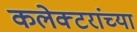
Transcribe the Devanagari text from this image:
कलेक्टरांच्या